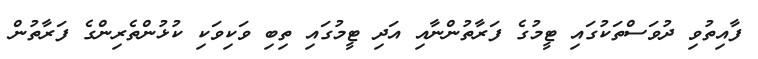
ފާއިތުވި ދުވަސްތަކުގައި ޓީމުގެ ފަރާތުންނާއި އަދި ޓީމުގައި ތިބި ވަކިވަކި ކުޅުންތެރިންގެ ފަރާތުން